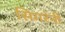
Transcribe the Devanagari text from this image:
सिगरेनी